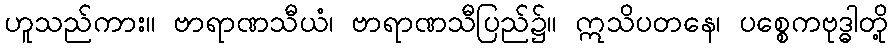
ဟူသည်ကား။ ဗာရာဏသီယံ၊ ဗာရာဏသီပြည်၌။ ဣသိပတနေ၊ ပစ္စေကဗုဒ္ဓါတို့